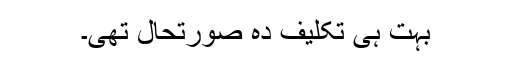
بہت ہی تکلیف دہ صورتحال تھی۔